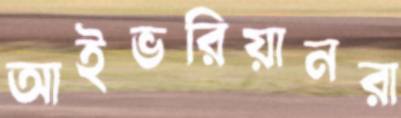
আইভরিয়ানরা